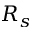
R _ { s }